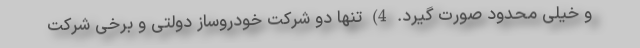
و خیلی محدود صورت گیرد. 4) تنها دو شرکت خودروساز دولتی و برخی شرکت